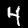
Label: 4